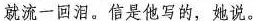
就流一回泪。信是他写的，她说。